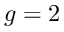
g = 2